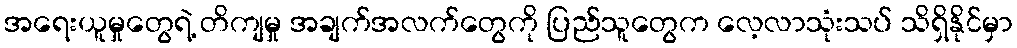
အရေးယူမှုတွေရဲ့ တိကျမှု အချက်အလက်တွေကို ပြည်သူတွေက လေ့လာသုံးသပ် သိရှိနိုင်မှာ